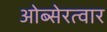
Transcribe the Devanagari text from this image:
ओब्सेरत्वार